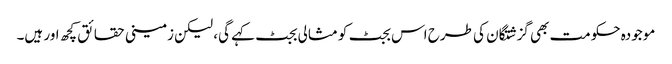
موجودہ حکومت بھی گزشتگان کی طرح اس بجٹ کو مثالی بجٹ کہے گی، لیکن زمینی حقائق کچھ اور ہیں۔